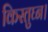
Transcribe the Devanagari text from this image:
किस्तुघ्न।